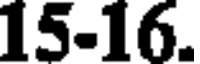
15-16.